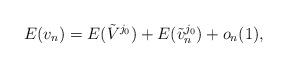
LaTeX: \begin{align*}E(v_n) = E(\tilde{V}^{j_0}) + E(\tilde{v}^{j_0}_n) + o_n(1),\end{align*}